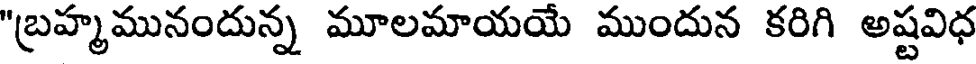
"బ్రహ్మమునందున్న మూలమాయయే ముందున కరిగి అష్టవిధ